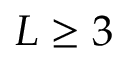
{ \cal L } \ge 3